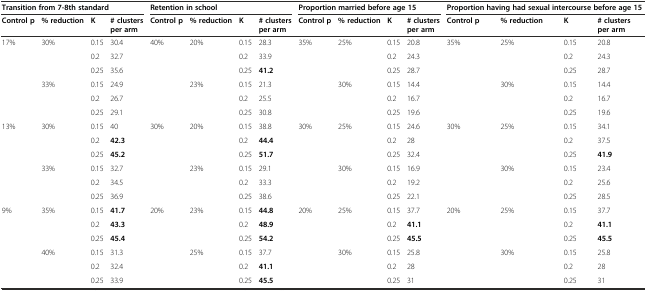
<table><thead><tr><td colspan="4"><b>Transition from 7-8th standard</b></td><td colspan="4"><b>Retention in school</b></td><td colspan="4"><b>Proportion married before age 15</b></td><td colspan="4"><b>Proportion having had sexual intercourse before age 15</b></td></tr><tr><td><b>Control p</b></td><td><b>% reduction</b></td><td><b>K</b></td><td><b># clusters per arm</b></td><td><b>Control p</b></td><td><b>% reduction</b></td><td><b>K</b></td><td><b># clusters per arm</b></td><td><b>Control p</b></td><td><b>% reduction</b></td><td><b>K</b></td><td><b># clusters per arm</b></td><td><b>Control p</b></td><td><b>% reduction</b></td><td><b>K</b></td><td><b># clusters per arm</b></td></tr></thead><tbody><tr><td>17%</td><td>30%</td><td>0.15</td><td>30.4</td><td>40%</td><td>20%</td><td>0.15</td><td>28.3</td><td>35%</td><td>25%</td><td>0.15</td><td>20.8</td><td>35%</td><td>25%</td><td>0.15</td><td>20.8</td></tr><tr><td></td><td></td><td>0.2</td><td>32.7</td><td></td><td></td><td>0.2</td><td>33.9</td><td></td><td></td><td>0.2</td><td>24.3</td><td></td><td></td><td>0.2</td><td>24.3</td></tr><tr><td></td><td></td><td>0.25</td><td>35.6</td><td></td><td></td><td>0.25</td><td><b>41.2</b></td><td></td><td></td><td>0.25</td><td>28.7</td><td></td><td></td><td>0.25</td><td>28.7</td></tr><tr><td></td><td>33%</td><td>0.15</td><td>24.9</td><td></td><td>23%</td><td>0.15</td><td>21.3</td><td></td><td>30%</td><td>0.15</td><td>14.4</td><td></td><td>30%</td><td>0.15</td><td>14.4</td></tr><tr><td></td><td></td><td>0.2</td><td>26.7</td><td></td><td></td><td>0.2</td><td>25.5</td><td></td><td></td><td>0.2</td><td>16.7</td><td></td><td></td><td>0.2</td><td>16.7</td></tr><tr><td></td><td></td><td>0.25</td><td>29.1</td><td></td><td></td><td>0.25</td><td>30.8</td><td></td><td></td><td>0.25</td><td>19.6</td><td></td><td></td><td>0.25</td><td>19.6</td></tr><tr><td>13%</td><td>30%</td><td>0.15</td><td>40</td><td>30%</td><td>20%</td><td>0.15</td><td>38.8</td><td>30%</td><td>25%</td><td>0.15</td><td>24.6</td><td>30%</td><td>25%</td><td>0.15</td><td>34.1</td></tr><tr><td></td><td></td><td>0.2</td><td><b>42.3</b></td><td></td><td></td><td>0.2</td><td><b>44.4</b></td><td></td><td></td><td>0.2</td><td>28</td><td></td><td></td><td>0.2</td><td>37.5</td></tr><tr><td></td><td></td><td>0.25</td><td><b>45.2</b></td><td></td><td></td><td>0.25</td><td><b>51.7</b></td><td></td><td></td><td>0.25</td><td>32.4</td><td></td><td></td><td>0.25</td><td><b>41.9</b></td></tr><tr><td></td><td>33%</td><td>0.15</td><td>32.7</td><td></td><td>23%</td><td>0.15</td><td>29.1</td><td></td><td>30%</td><td>0.15</td><td>16.9</td><td></td><td>30%</td><td>0.15</td><td>23.4</td></tr><tr><td></td><td></td><td>0.2</td><td>34.5</td><td></td><td></td><td>0.2</td><td>33.3</td><td></td><td></td><td>0.2</td><td>19.2</td><td></td><td></td><td>0.2</td><td>25.6</td></tr><tr><td></td><td></td><td>0.25</td><td>36.9</td><td></td><td></td><td>0.25</td><td>38.6</td><td></td><td></td><td>0.25</td><td>22.1</td><td></td><td></td><td>0.25</td><td>28.5</td></tr><tr><td>9%</td><td>35%</td><td>0.15</td><td><b>41.7</b></td><td>20%</td><td>23%</td><td>0.15</td><td><b>44.8</b></td><td>20%</td><td>25%</td><td>0.15</td><td>37.7</td><td>20%</td><td>25%</td><td>0.15</td><td>37.7</td></tr><tr><td></td><td></td><td>0.2</td><td><b>43.3</b></td><td></td><td></td><td>0.2</td><td><b>48.9</b></td><td></td><td></td><td>0.2</td><td><b>41.1</b></td><td></td><td></td><td>0.2</td><td><b>41.1</b></td></tr><tr><td></td><td></td><td>0.25</td><td><b>45.4</b></td><td></td><td></td><td>0.25</td><td><b>54.2</b></td><td></td><td></td><td>0.25</td><td><b>45.5</b></td><td></td><td></td><td>0.25</td><td><b>45.5</b></td></tr><tr><td></td><td>40%</td><td>0.15</td><td>31.3</td><td></td><td>25%</td><td>0.15</td><td>37.7</td><td></td><td>30%</td><td>0.15</td><td>25.8</td><td></td><td>30%</td><td>0.15</td><td>25.8</td></tr><tr><td></td><td></td><td>0.2</td><td>32.4</td><td></td><td></td><td>0.2</td><td><b>41.1</b></td><td></td><td></td><td>0.2</td><td>28</td><td></td><td></td><td>0.2</td><td>28</td></tr><tr><td></td><td></td><td>0.25</td><td>33.9</td><td></td><td></td><td>0.25</td><td><b>45.5</b></td><td></td><td></td><td>0.25</td><td>31</td><td></td><td></td><td>0.25</td><td>31</td></tr></tbody></table>